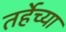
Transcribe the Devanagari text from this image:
तर्हेच्या